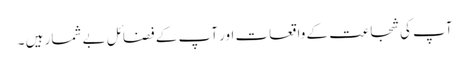
آپ کی شجاعت کے واقعات اور آپ کے فضائل بے شمار ہیں ۔